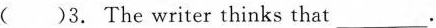
( )3. The writer thinks that ___.